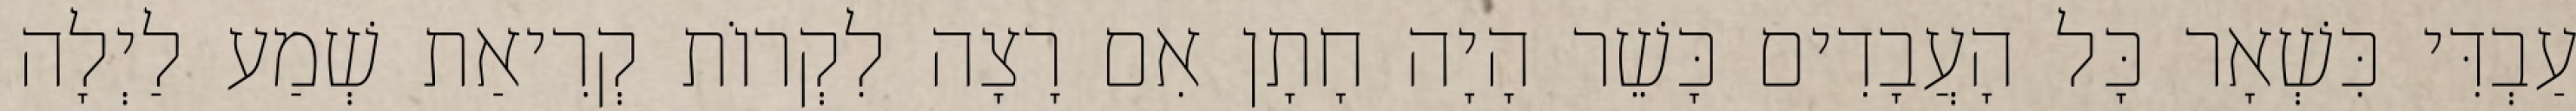
עַבְדִּי כִּשְׁאָר כָּל הָעֲבָדִים כָּשֵׁר הָיָה חָתָן אִם רָצָה לִקְרוֹת קְרִיאַת שְׁמַע לַיְלָה